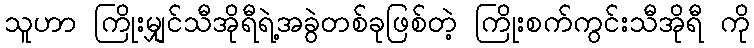
သူဟာ ကြိုးမျှင်သီအိုရီရဲ့အခွဲတစ်ခုဖြစ်တဲ့ ကြိုးစက်ကွင်းသီအိုရီ ကို